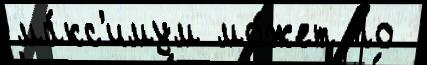
ма́кс'имум мо́жет по